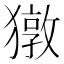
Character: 獤